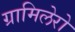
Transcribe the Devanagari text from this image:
ग्रामिलेरो